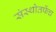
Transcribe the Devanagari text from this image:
संस्थोतर्फेच